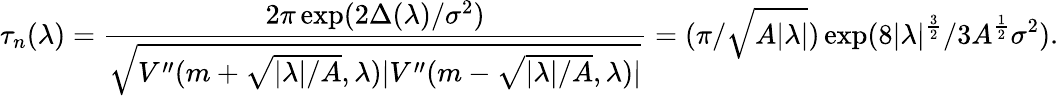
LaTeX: \tau_{n}(\lambda)=\frac{2\pi\exp(2\Delta(\lambda)/\sigma^{2})}{\sqrt{V^{\prime\prime}(m+\sqrt{|\lambda|/A},\lambda)|V^{\prime\prime}(m-\sqrt{|\lambda|/A},\lambda)|}}=(\pi/\sqrt{A|\lambda|})\exp(8|\lambda|^{\frac{3}{2}}/3A^{\frac 12}\sigma^{2}).